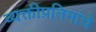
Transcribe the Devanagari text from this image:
व्यक्तीप्रतिमांचे